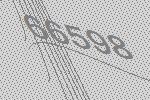
66598